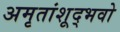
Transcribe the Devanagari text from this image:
अमृतांशूद्भवो